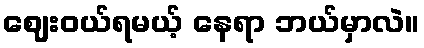
ဈေးဝယ်ရမယ့် နေရာ ဘယ်မှာလဲ။